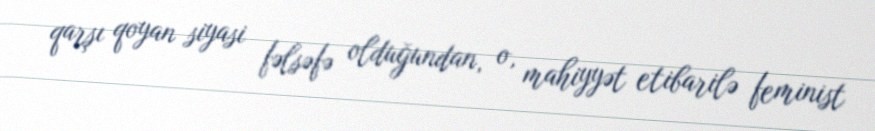
qarşı qoyan siyasi fəlsəfə olduğundan, o, mahiyyət etibarilə feminist